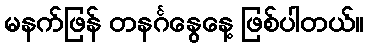
မနက်ဖြန် တနင်္ဂနွေနေ့ ဖြစ်ပါတယ်။